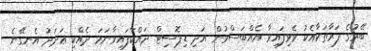
ބޭރުގެ ފަރާތަކާއެކު ވެވިފައިވާ އެއްބަސްވުން އަދި ޑިޕޮސިޓް ދައްކާފައިވާނަމަ ދެއްކި ޢަދަދު އެނގޭނެ